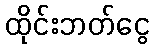
ထိုင်းဘတ်ငွေ